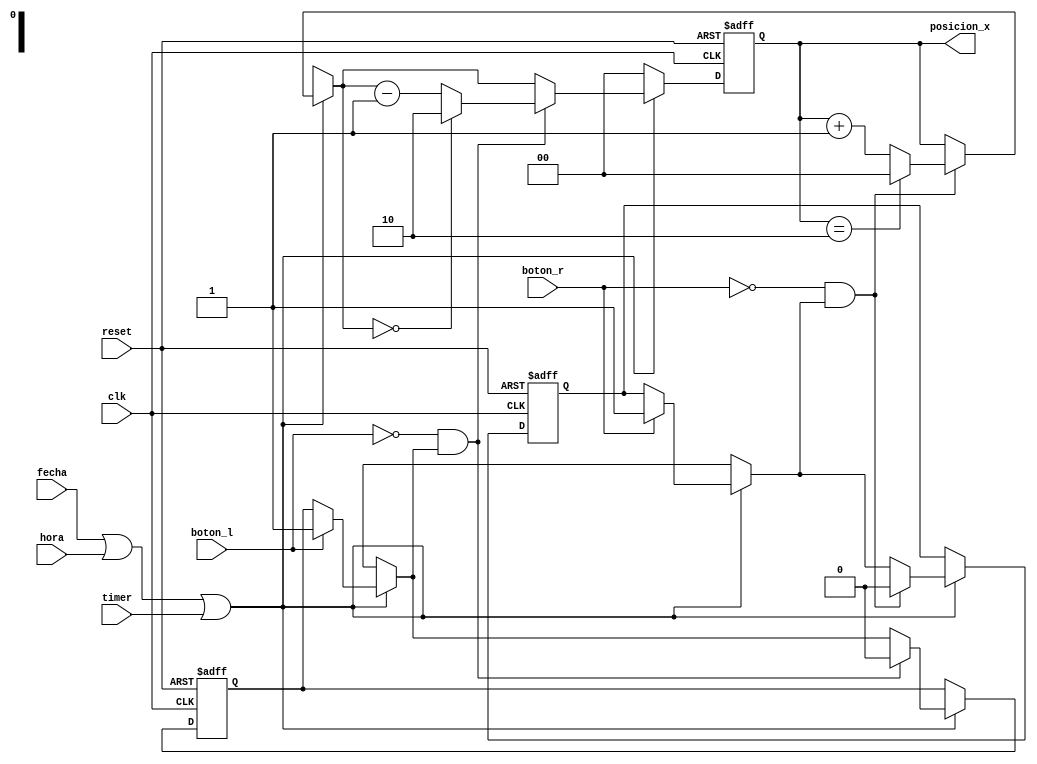
`timescale 1ns / 1ps
//////////////////////////////////////////////////////////////////////////////////
// Company:
// Engineer:
//
// Design Name:
// Module Name: contadores_x
// Project Name:
// Target Devices:
// Tool Versions:
// Description:
//
// Dependencies:
//
// Revision:
// Revision 0.01 - File Created
// Additional Comments:
//
//////////////////////////////////////////////////////////////////////////////////


module contadores_x(
    input clk, reset,
    input boton_r, boton_l,
    input fecha, hora, timer,
    output [1:0] posicion_x
    );

reg [1:0] count = 0;
reg state_boton_r = 0, state_boton_l = 0;

always @ (posedge clk, posedge reset)
begin
    if (reset)
    begin
        count = 0;
        state_boton_r = 0;
        state_boton_l = 0;
    end
    else
    begin
        if (~(fecha | hora | timer))
        begin
            count = 0;
        end
        else
        begin
            if (boton_r)
            begin
                state_boton_r = 1;
            end
            if (boton_l)
            begin
                state_boton_l = 1;
            end
            if (~boton_r & state_boton_r)
            begin
                if (count == 2)
                begin
                    count = 0;
                    state_boton_r = 0;
                end
                else
                begin
                    count = count + 1;
                    state_boton_r = 0;
                end
            end
            if (~boton_l & state_boton_l)
            begin
                if (count == 0)
                begin
                    count = 2;
                    state_boton_l = 0;
                end
                else
                begin
                    count = count - 1;
                    state_boton_l = 0;
                end
            end
        end
    end
end

assign posicion_x = count;

endmodule